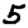
Digit: 5